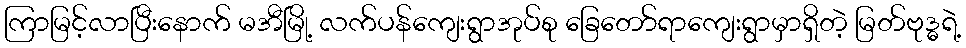
ကြာမြင့်လာပြီးနောက် မအီမြို့ လက်ပန်ကျေးရွာအုပ်စု ခြေတော်ရာကျေးရွာမှာရှိတဲ့ မြတ်ဗုဒ္ဓရဲ့